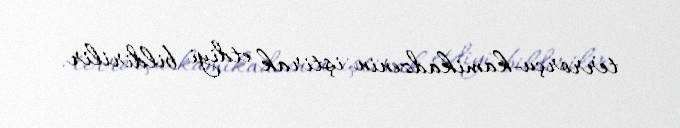
terrorçu-kamikadzenin iştirak etdiyi bildirilir.